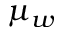
\mu _ { w }